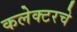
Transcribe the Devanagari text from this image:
कलेक्टरचे